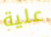
علية